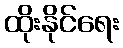
ထိုးနိုင်ရေး